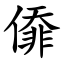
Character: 㒎